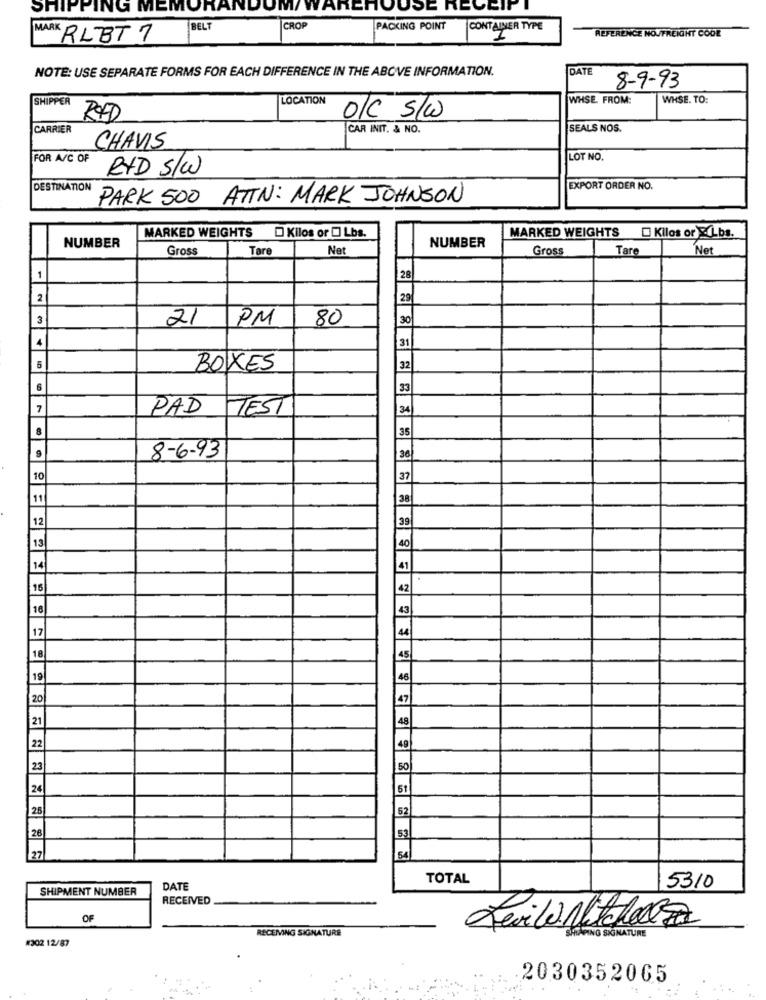
SHIPPING MEMORAN
DUM/ WAREHOUSE RECEIPT
BELT
CROP
PACKING POINT
CONTAINER TYPE
REFERENCE NOVFREIGHT CODE
MARK RLBT 7
NOTE: USE SEPARATE FORMS FOR EACH DIFFERENCE IN THE ABOVE INFORMATION.
DATE
8-9-93
SHIPPER
LOCATION
WHSE. FROM:
WHSE. TO:
RXD
0/C s/w
CARRIER
CAR INIT. & NO.
SEALS NOS.
CHAVIS
FOR A/C OF
LOT NO.
RXD S/W
DESTINATION
EXPORT ORDER NO.
PARK 500 ATTIN: MARK JOHNSON
Kilos or [ Lbs.
NUMBER
MARKED WEIGHTS
MARKED WEIGHTS Kilos or & Lbs.
Gross
Tare
Net
NUMBER
Gross
Tare
Net
1
28
2
29
21
PM
80
30
4
31
5
BOXES
32
33
7
PAD
TEST
34
8
35
8-6-93
36
10
37
11
38
12
39
13
40
14
41
16
42
16
43
17
44
18
45
19
46
20
47
21
48
22
49
23
50
24
52
26
53
27
54
TOTAL
SHIPMENT NUMBER
DATE
5310
RECEIVED
OF
RECEMNG SIGNATURE
#302 12/87
SKINATURE
2030352065